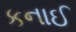
કનાઈ